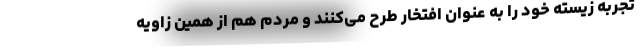
تجربه زیسته خود را به عنوان افتخار طرح می‌کنند و مردم هم از همین زاویه